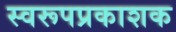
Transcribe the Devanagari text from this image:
स्वरूपप्रकाशक